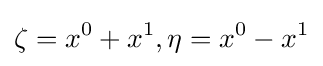
\zeta =x^{0}+x^{1},\eta =x^{0}-x^{1}